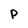
Character: P